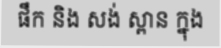
ផឹក និង សង់ ស្ពាន ក្នុង